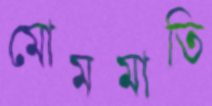
মোমমাতি